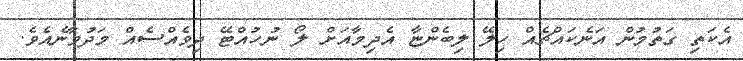
އެކަތި ގަތުމުން އަނެކައްޗެއް ހިލޭ ލިބެންޏާ އެދިމާއަށް ލޯ ނުހުއްޓޭ ދިވެއްސެއް މަދުވާނެއެެވެ.